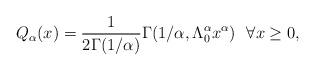
LaTeX: \begin{align*}Q_{\alpha}(x)=\frac{1}{2\Gamma(1/\alpha)}\Gamma(1/\alpha,\Lambda_0^{\alpha}x^{\alpha})~~\forall x\geq0,\end{align*}